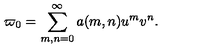
\varpi _ { 0 } = \sum _ { m , n = 0 } ^ { \infty } a ( m , n ) u ^ { m } v ^ { n } .